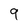
Character: 9